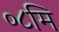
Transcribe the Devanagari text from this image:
०८मि